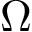
\Omega